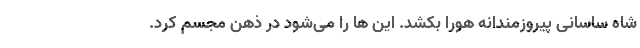
شاه ساسانی پیروزمندانه هورا بکشد. این ها را می‌شود در ذهن مجسم کرد.